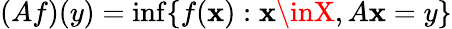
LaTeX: (Af)(y)=\operatorname*{inf}\{ f(\mathbf{x}):\mathbf{x}\inX,A\mathbf{x}=y\}